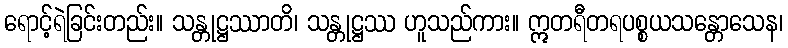
ရောင့်ရဲခြင်းတည်း။ သန္တုဋ္ဌဿာတိ၊ သန္တုဋ္ဌဿ ဟူသည်ကား။ ဣတရီတရပစ္စယသန္တောသေန၊